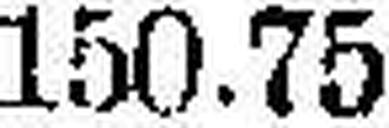
150.75